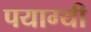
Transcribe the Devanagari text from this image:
पयाग्यी